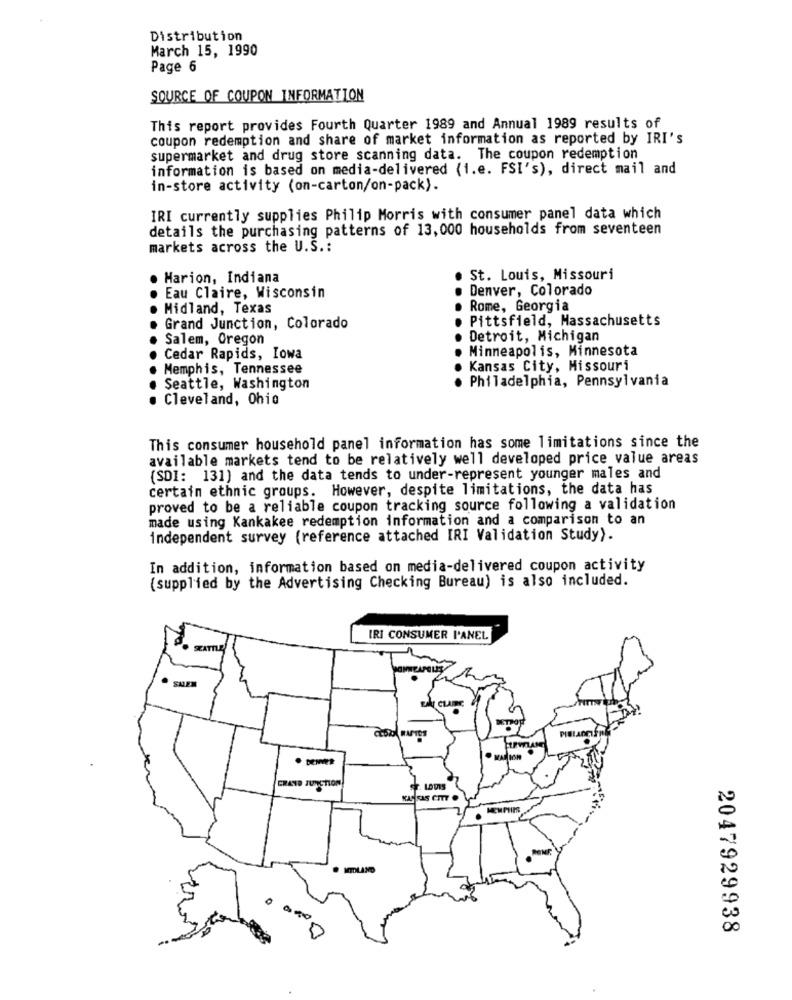
Distribution
March 15, 1990
Page 6
SOURCE OF COUPON INFORMATION
This report provides Fourth Quarter 1989 and Annual 1989 results of
coupon redemption and share of market information as reported by IRI's
supermarket and drug store scanning data. The coupon redemption
information is based on media-delivered (i.e. FSI's), direct mail and
in-store activity (on-carton/on-pack).
IRI currently supplies Philip Morris with consumer panel data which
details the purchasing patterns of 13,000 households from seventeen
markets across the U.S .:
Marion, Indiana
St. Louis, Missouri
Denver, Colorado
Eau Claire, Wisconsin
Midland, Texas
Rome, Georgia
Pittsfield, Massachusetts
Grand Junction, Colorado
Salem, Oregon
Detroit, Michigan
Minneapolis, Minnesota
Cedar Rapids, Iowa
Memphis, Tennessee
Kansas City, Missouri
Philadelphia, Pennsylvania
Seattle, Washington
Cleveland, Ohio
This consumer household panel information has some limitations since the
available markets tend to be relatively well developed price value areas
(SDI: 131) and the data tends to under-represent younger males and
certain ethnic groups. However, despite limitations, the data has
proved to be a reliable coupon tracking source following a validation
made using Kankakee redemption information and a comparison to an
independent survey (reference attached IRI Validation Study).
In addition, information based on media-delivered coupon activity
(supplied by the Advertising Checking Bureau) is also included.
IRI CONSUMER I'ANEL
TATILE
SALEM
CLAIRE
GRAND JUNCTION
NTOLAND
2047929938